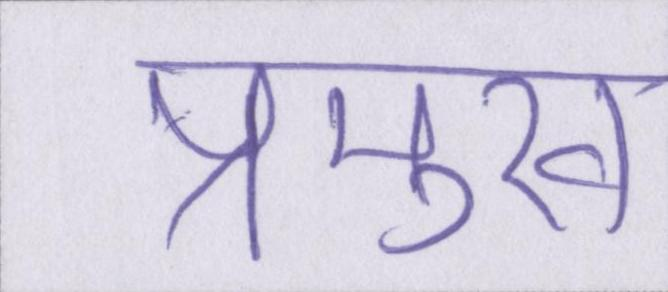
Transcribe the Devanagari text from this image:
प्रमुख